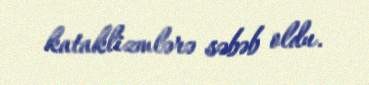
kataklizmlərə səbəb oldu.